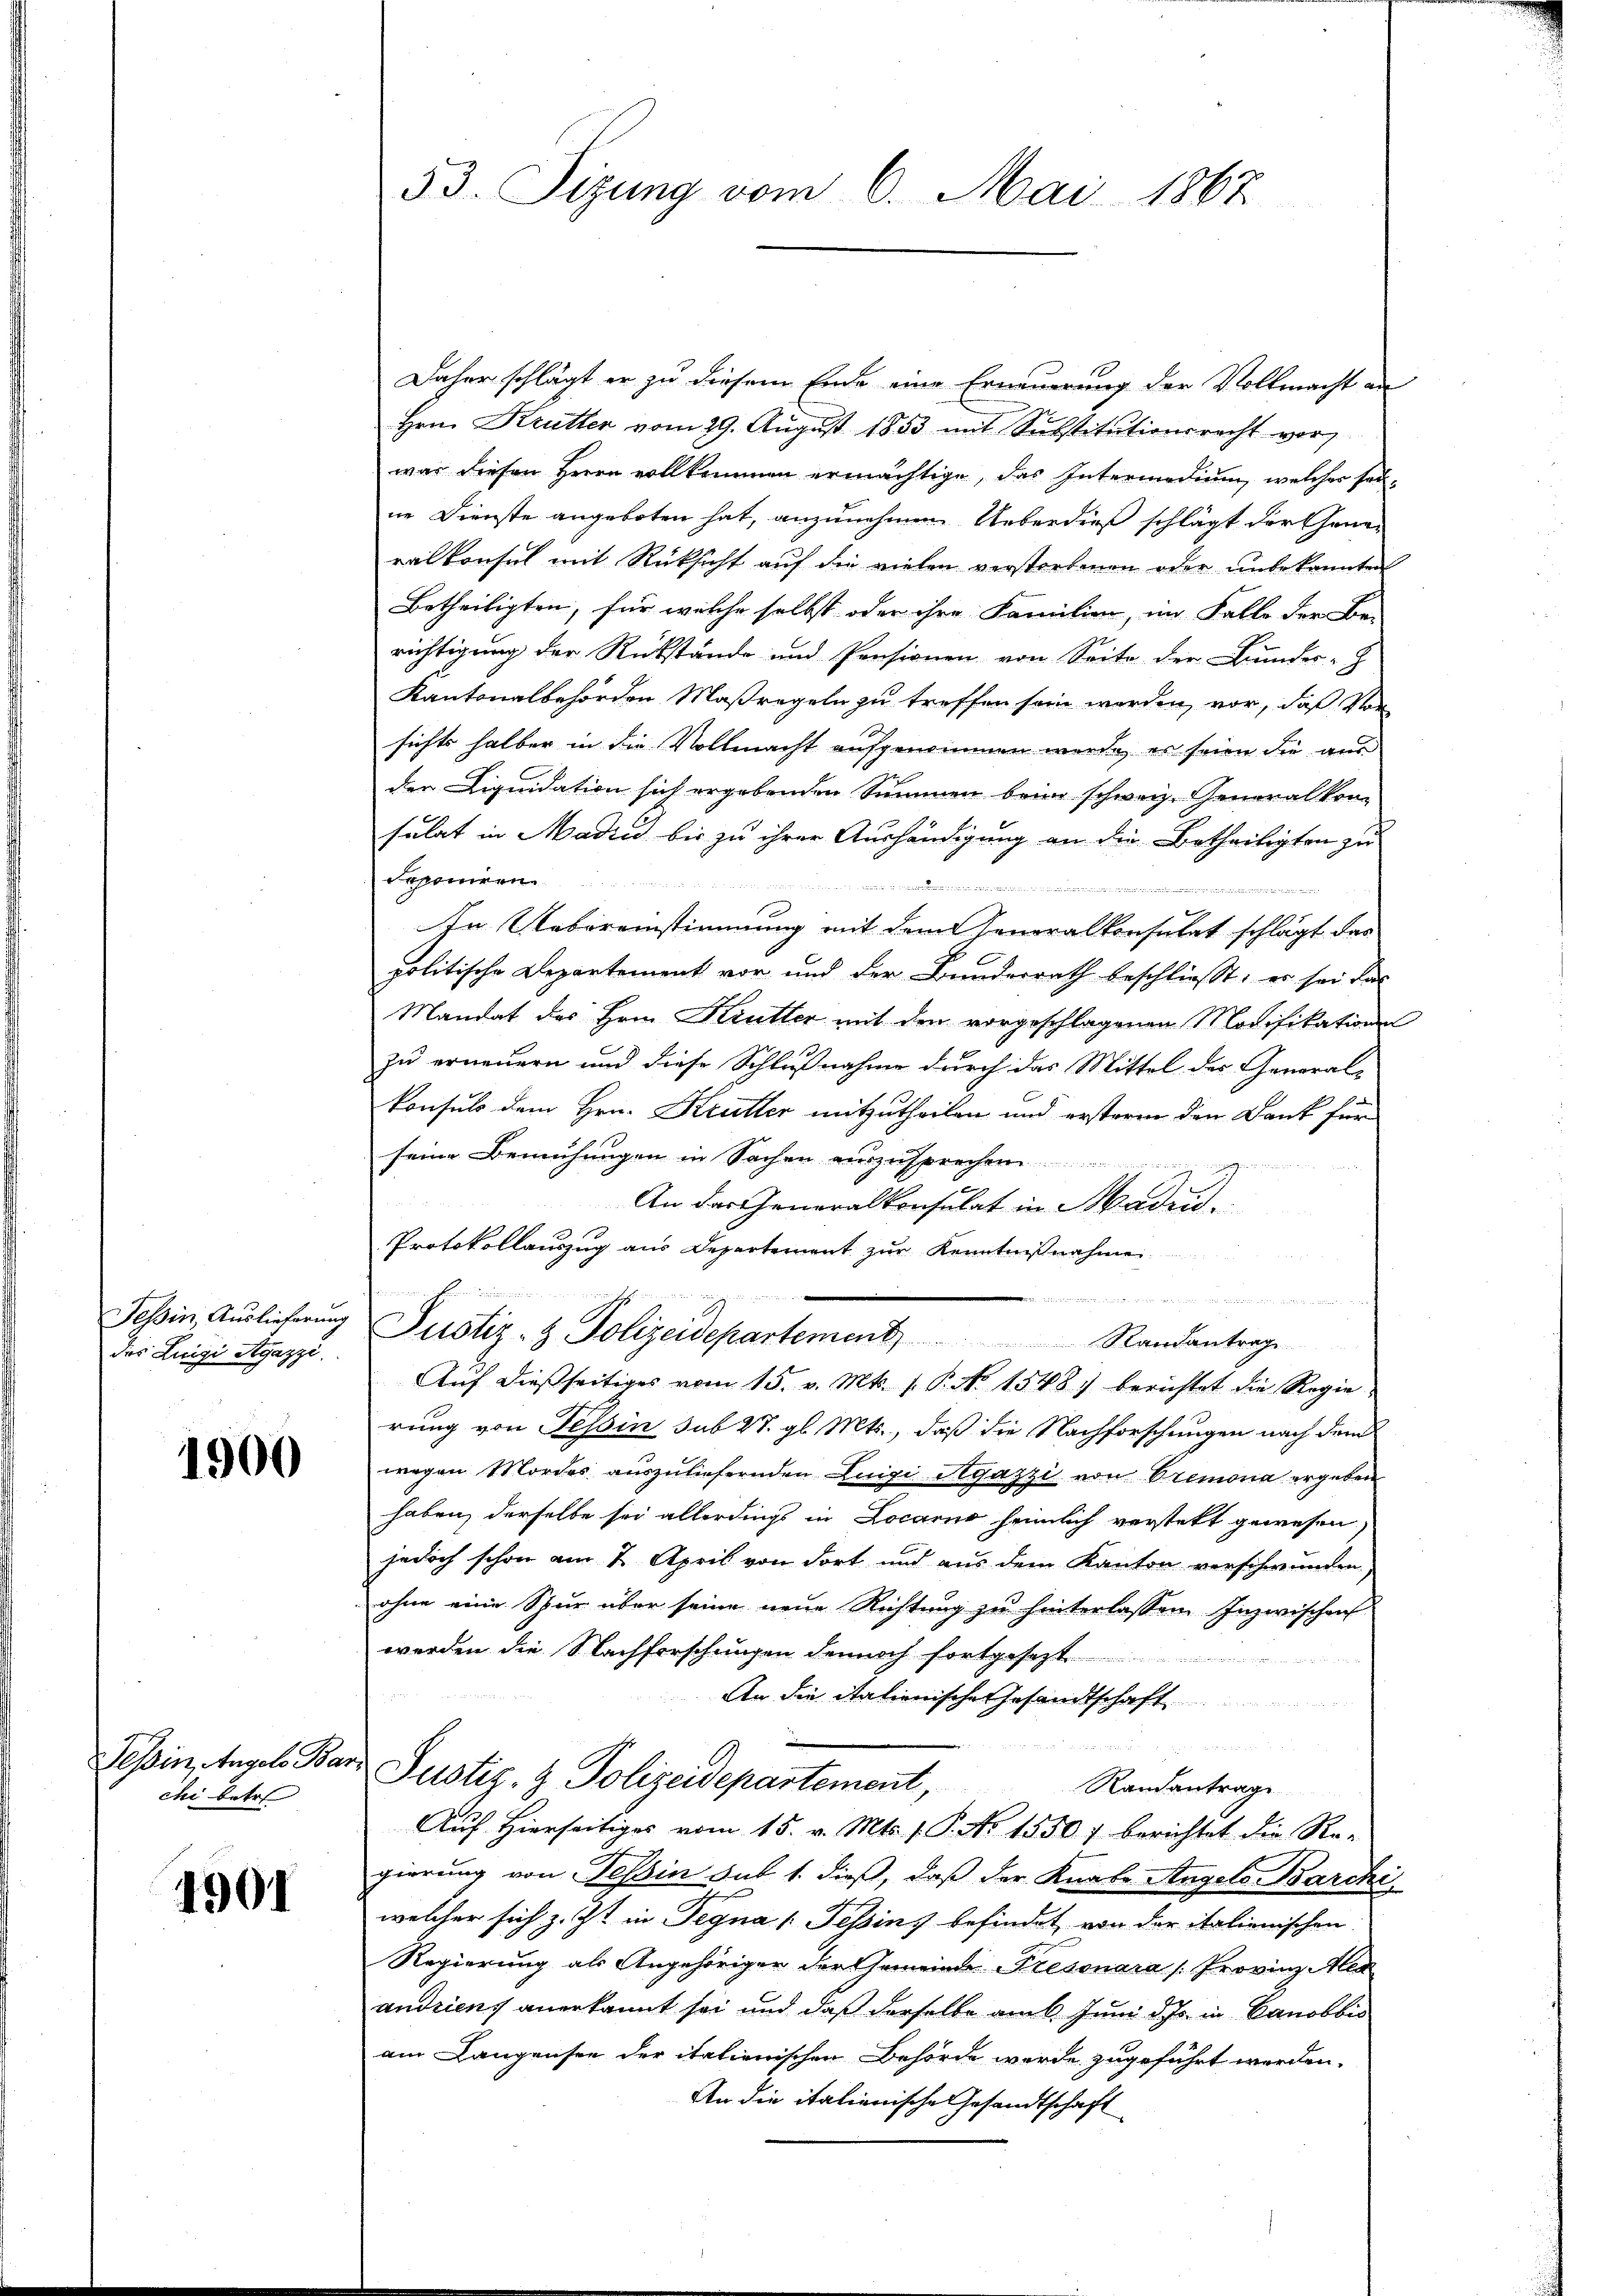
Tessin Auslieferung
des Luigi Agazzi.

1900

Tessin, Angels Barz
chi betre

1901

53. Sizung vom 6. Mai 1867

Daher schlägt er zu diesem Ende eine Erneuerung der Vollmacht an
Hrn. Krutter vom 29. August 1853 mit Substitutionsrecht vor,
war diesen Herrn vollkommen ermächtige, das Intermedium, welcher sandne Dienste angeboten hat, anzunehmen. Ueberdieß schlägt darthanen
ralkonsul mit Rücksicht auf die vielen verstorbenen oder unbekannten
Betheiligten, für welche selbst oder ihre Familien, im Falle der Be-
richtigung der Rückstände und Pensionen von Seite der Bunder-
Kantonalbehörden Maßregeln zu treffen sein werden vor, daß Vor
sichts halber in die Vollmacht aufgenommen werde, es seien die aus
der Liquidation sich ergebenden Summen beim schweiz. Generalkomsulat in Madrid bis zu ihrer Aushändigung an die Betheiligten zu
deponiren.
innern in der
In Uebereinstimmung mit dem Generalkonsulat schlägt das
politische Departement vor und der Bunderrath beschliesst: es sei das
Mandat des Hrn. Krutter mit den vorgeschlagenen Modifikations
zu erneuern und diese Schlußnahme durch das Mittel des General-
konsuls dem Hrn. Krutter mitzutheilen und erstern den Dank für
seine Bemühungen in Sachen auszusprechen
An der Generalkonsulat in Baden,
Protokollauszug aus Departement zur Kenntnißnahme
u

Justiz- & Polizeidepartement
Randantrag
Auf dießseitiges vom 15. v. Mts. 1. P. No 1548) berichtet die Regierung von Tessin sub 27. gl. Mts., daß die Nachforschungen nach dem
wegen Mordes auszuliefernden Luigi Agazzi von Premona ergeben
haben, derselbe sei allerdings in Locarno heimlich verstekt gewesen
jedoch schon am 7. April von dort und aus dem Kanton verschwunden,
ohne eine Spur über seine neue Richtung zu hinterlassen. Inzwischen
werden die Nachforschungen dennoch fortgesetzt
An die italienische Gesandtschaft
.
Justiz- & Polizeidepartement,
Randantrage
Auf Hierseitiges vom 15. v. Mts. f. P. No 1550) berichtet die Re-
gierung von Tessin hat 1. dieß, daß der Knabe Angele Barchi
welcher sich z. Zt. in Tegna (Tessin befindet, von der italienischen
Regierung als Angehöriger der Gemeinde Presonara /: Provinz Alex
andrient anerkannt sei und daß derselbe am 6 Juni des in Canobbis
am Langensee der italienischen Behörde werde zugeführt werden.
An die italienische Gesandtschaft